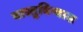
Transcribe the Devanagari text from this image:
वास्तुविन्यास